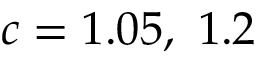
c = 1 . 0 5 , \ 1 . 2